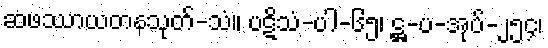
ဆဖဿာယတနသုတ်-သံ။ ပဋိသံ-ပါ-၆၅၊ ဋ္ဌ-ပ-အုပ်-၂၅၄၊